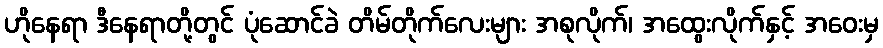
ဟိုနေရာ ဒီနေရာတို့တွင် ပုံဆောင်ခဲ တိမ်တိုက်လေးများ အစုလိုက်၊ အထွေးလိုက်နှင့် အဝေးမှ